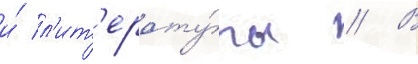
и́ л'ит'ерату́ры // В